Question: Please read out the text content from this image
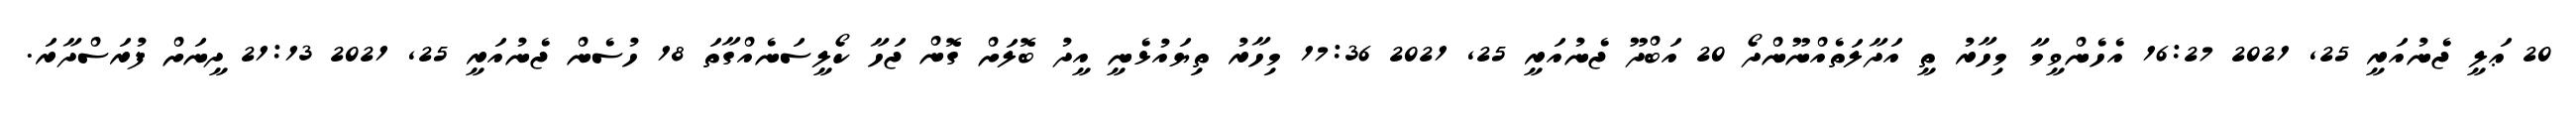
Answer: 20 ޢަލީ ޖެނުއަރީ 25, 2021 16:27 އެހެންވީމާ މިހާރު ތީ އަދާލަތެއްނޫންދޯ 20 އަބްދޫ ޖެނުއަރީ 25, 2021 17:36 މިހާރު ތިޔައުޅެނީ އީދު ބޮލަށް ގޮން ޖަހާ ކޯލީސަނެއްގާތަ 18 ހުސެން ޖެނުއަރީ 25, 2021 21:13 ދީނަށް ފުރަސްދާރަ.